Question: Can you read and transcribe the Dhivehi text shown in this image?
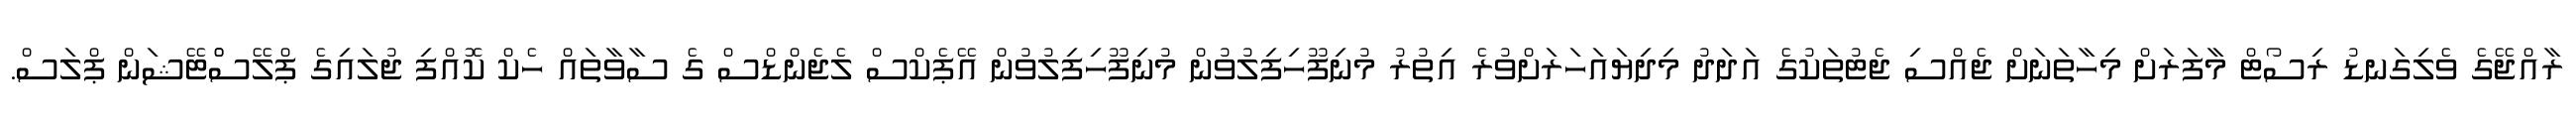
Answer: ރާއްޖޭގެ ވެލިގަނޑު ރިސޯޓް މާފަރަށް މިހާތަނަށް ޖެއްސި ޖެޓުތަކުގެ އަދަދު މިދިޔައަހަރަށްވުރެ އިތުރު މުނިފޫހިފިލުވުން މުނިފޫހިފިލުވުން އޭޕެކްސް ލެޖެންޑްސް ގެ ސާވާތައް ހެކް ކޮއްފި ޖުލައިގެ ޕްލޭސްްޓޭޝަން ޕްލަސް.